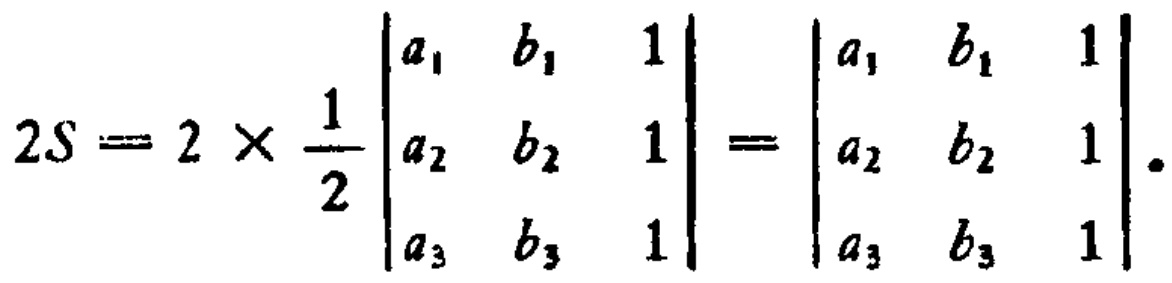
\[
2S = 2\times\frac{1}{2}\begin{vmatrix}
a_1 & b_1 & 1 \\
a_2 & b_2 & 1 \\
a_3 & b_3 & 1
\end{vmatrix}=\begin{vmatrix}
a_1 & b_1 & 1 \\
a_2 & b_2 & 1 \\
a_3 & b_3 & 1
\end{vmatrix}.
\]